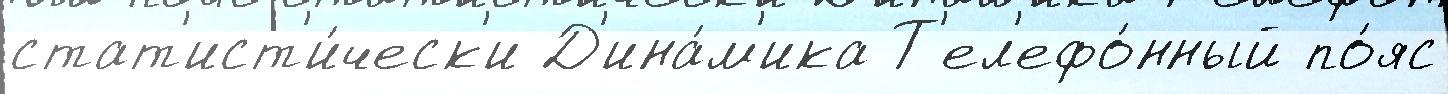
стат'ист'и́ческ'и Д'ина́м'ика Т'ел'ефо́нный по́яс